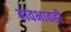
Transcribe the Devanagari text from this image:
हावभावही